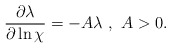
\begin{align*}\frac{\partial\lambda}{\partial\ln\chi}=-A\lambda~,~A>0.\end{align*}